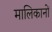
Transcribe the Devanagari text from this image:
मालिकानों